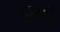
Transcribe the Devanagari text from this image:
प्रिएटर